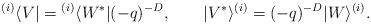
LaTeX: \begin{align*} {}^{(i)}\langle V| = {}^{(i)}\langle W^*|(-q)^{-D}, \qquad |V^*\rangle^{(i)} = (-q)^{-D} |W\rangle^{(i)}.\end{align*}